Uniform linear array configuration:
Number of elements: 4
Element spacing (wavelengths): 0.25
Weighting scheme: blackman
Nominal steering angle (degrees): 45
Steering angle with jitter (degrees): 45.993
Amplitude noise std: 0.05
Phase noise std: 0.05

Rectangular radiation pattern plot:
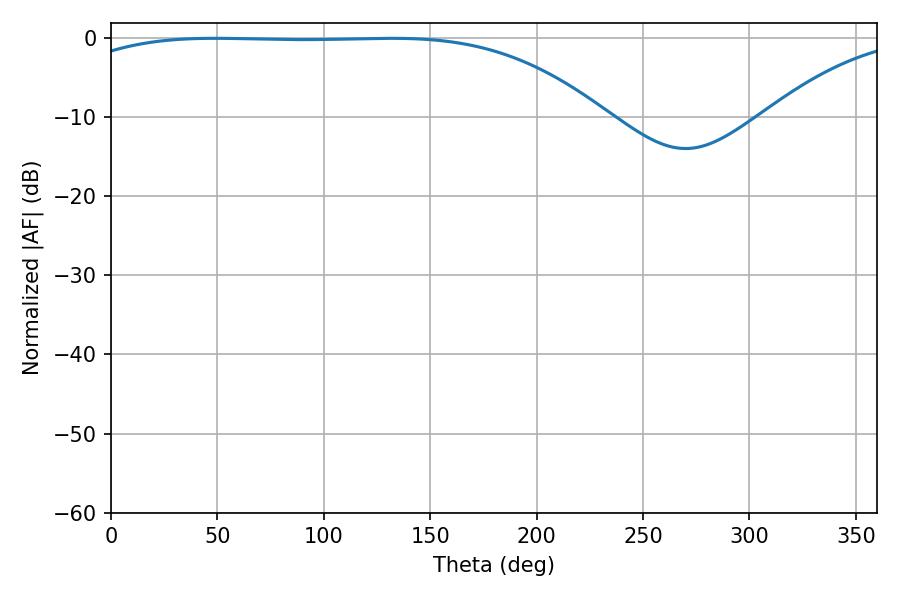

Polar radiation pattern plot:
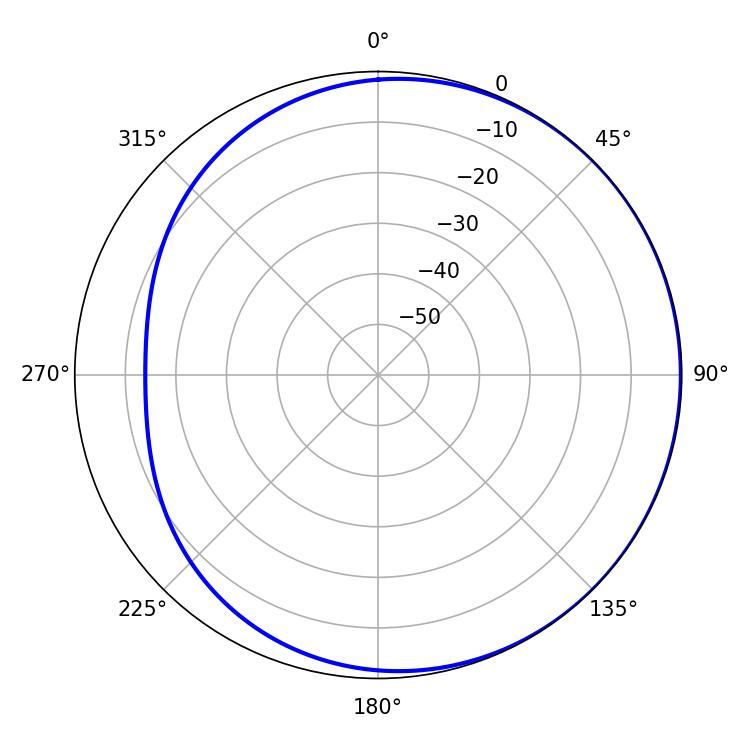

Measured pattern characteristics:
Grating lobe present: FALSE
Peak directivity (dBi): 0.8561
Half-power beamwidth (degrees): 194.4
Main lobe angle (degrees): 48.78